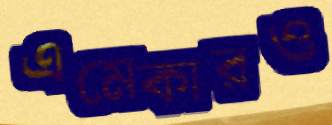
এমেকারও